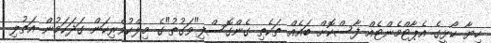
ހިޔާ ކޯޅީގެ އެޕާޓްމެންޓެއް ފާސްކޮށް ބައެއް ތަކެތި ގެންގޮސްފި"ވަގުތު"ގެ މިލްކުވެރިކަން ގަދަކަމުން އަތުލި